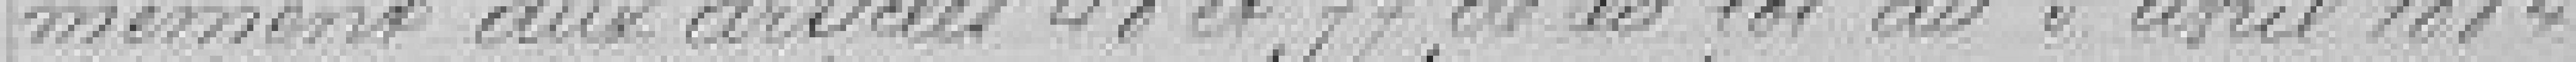
-mément aux articles 48 et 77 de la loi du 5 avril 1884.